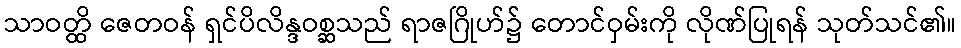
သာဝတ္ထိ ဇေတဝန် ရှင်ပိလိန္ဒဝစ္ဆသည် ရာဇဂြိုဟ်၌ တောင်ဝှမ်းကို လိုဏ်ပြုရန် သုတ်သင်၏။